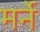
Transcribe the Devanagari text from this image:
मर्ने